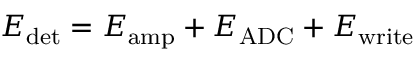
E _ { \mathrm { d e t } } = E _ { \mathrm { a m p } } + E _ { \mathrm { A D C } } + E _ { \mathrm { w r i t e } }